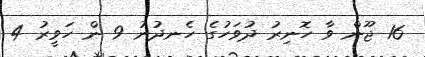
16 ޖޫން ވާ ހޮނިރު ދުވަހުގެ ހެނދުނު 9 ން ހަވީރު 4